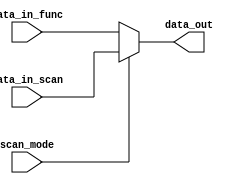
module  omsp_scan_mux (

// OUTPUTs
    data_out,                      // Scan mux data output

// INPUTs
    data_in_scan,                  // Selected data input for scan mode
    data_in_func,                  // Selected data input for functional mode
    scan_mode                      // Scan mode
);

// OUTPUTs
//=========
output              data_out;      // Scan mux data output

// INPUTs
//=========
input               data_in_scan;  // Selected data input for scan mode
input               data_in_func;  // Selected data input for functional mode
input               scan_mode;     // Scan mode


//=============================================================================
// 1)  SCAN MUX
//=============================================================================

assign  data_out  =  scan_mode ? data_in_scan : data_in_func;


endmodule